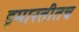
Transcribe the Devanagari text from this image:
इमारतीतच